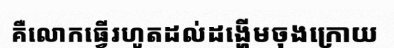
គឺលោកធ្វើរហូតដល់ដង្ហើមចុងក្រោយ